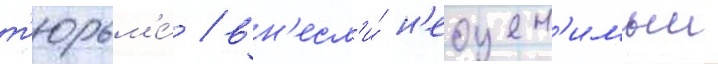
т'юрьм'е́ / вн'есл'и́ н'еоцен'имыи